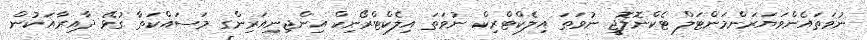
ނުވަތައެންވަޔަރަންމަންޓަލް ޓެކްނޮލޮޖީ ނުވަތަ އިލެކްޓްރިކް ނުވަތަ އިލެކްޓްރޯނިކް އިންޖިނިއަރިންގ މަސައްކަތާ ގުޅޭ ދާއިރާއަކުން